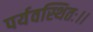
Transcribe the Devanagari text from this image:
पर्यवस्थितः।।